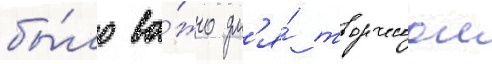
бы́ло ва́жно дл'я́ творческои